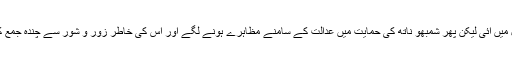
وزیراعلیٰ نے اس کی مذمت کی اور گرفتاری بھی عمل میں آئی لیکن پھر شمبھو ناتھ کی حمایت میں عدالت کے سامنے مظاہرے ہونے لگے اور اس کی خاطر زور و شور سے چندہ جمع کیا جانے لگا مگر بی جے پی خاموش تماشائی بنی رہی۔